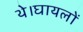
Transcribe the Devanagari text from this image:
थे।घायलों